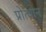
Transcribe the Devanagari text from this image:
प्रोत्थान